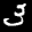
Label: 3